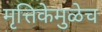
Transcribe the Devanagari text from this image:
मृत्तिकेमुळेच